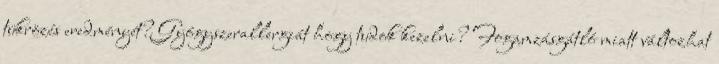
tükrözés eredményét? Gyógyszerallergiát hogy tudok kezelni? Fogamzásgátló miatt változhat